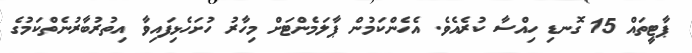
ޕާޓީތައް 15 ގޮނޑި ހިއްސާ ކުރެއެވެ. އެހެންކަމުން ޕާލަމެންޓަށް މިހާރު ހުށަހެޅިފައިވާ އިތުރުބާރުނެތްކަމުގެ